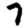
Digit: 7